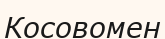
Косовомен